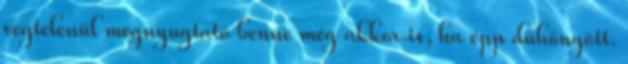
végtelenül megnyugtató benne még akkor is, ha épp dühöngött.